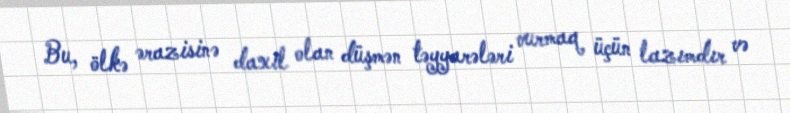
Bu, ölkə ərazisinə daxil olan düşmən təyyarələri vurmaq üçün lazımdır və